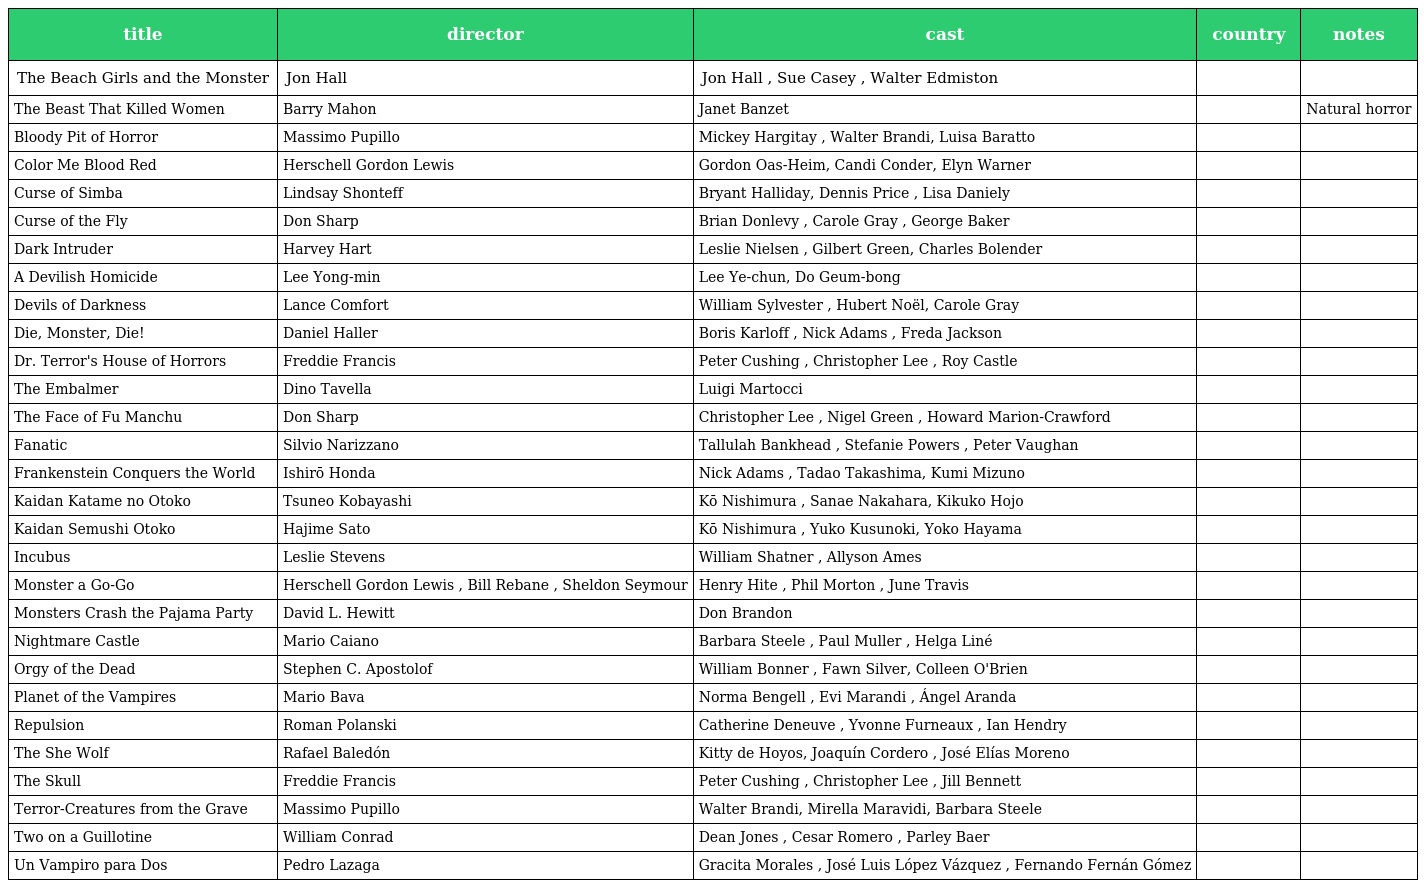
| title | director | cast | country | notes |
 | --- | --- | --- | --- | --- |
 | The Beach Girls and the Monster | Jon Hall | Jon Hall , Sue Casey , Walter Edmiston |  |  |
 | The Beast That Killed Women | Barry Mahon | Janet Banzet |  | Natural horror |
 | Bloody Pit of Horror | Massimo Pupillo | Mickey Hargitay , Walter Brandi, Luisa Baratto |  |  |
 | Color Me Blood Red | Herschell Gordon Lewis | Gordon Oas-Heim, Candi Conder, Elyn Warner |  |  |
 | Curse of Simba | Lindsay Shonteff | Bryant Halliday, Dennis Price , Lisa Daniely |  |  |
 | Curse of the Fly | Don Sharp | Brian Donlevy , Carole Gray , George Baker |  |  |
 | Dark Intruder | Harvey Hart | Leslie Nielsen , Gilbert Green, Charles Bolender |  |  |
 | A Devilish Homicide | Lee Yong-min | Lee Ye-chun, Do Geum-bong |  |  |
 | Devils of Darkness | Lance Comfort | William Sylvester , Hubert Noël, Carole Gray |  |  |
 | Die, Monster, Die! | Daniel Haller | Boris Karloff , Nick Adams , Freda Jackson |  |  |
 | Dr. Terror's House of Horrors | Freddie Francis | Peter Cushing , Christopher Lee , Roy Castle |  |  |
 | The Embalmer | Dino Tavella | Luigi Martocci |  |  |
 | The Face of Fu Manchu | Don Sharp | Christopher Lee , Nigel Green , Howard Marion-Crawford |  |  |
 | Fanatic | Silvio Narizzano | Tallulah Bankhead , Stefanie Powers , Peter Vaughan |  |  |
 | Frankenstein Conquers the World | Ishirō Honda | Nick Adams , Tadao Takashima, Kumi Mizuno |  |  |
 | Kaidan Katame no Otoko | Tsuneo Kobayashi | Kō Nishimura , Sanae Nakahara, Kikuko Hojo |  |  |
 | Kaidan Semushi Otoko | Hajime Sato | Kō Nishimura , Yuko Kusunoki, Yoko Hayama |  |  |
 | Incubus | Leslie Stevens | William Shatner , Allyson Ames |  |  |
 | Monster a Go-Go | Herschell Gordon Lewis , Bill Rebane , Sheldon Seymour | Henry Hite , Phil Morton , June Travis |  |  |
 | Monsters Crash the Pajama Party | David L. Hewitt | Don Brandon |  |  |
 | Nightmare Castle | Mario Caiano | Barbara Steele , Paul Muller , Helga Liné |  |  |
 | Orgy of the Dead | Stephen C. Apostolof | William Bonner , Fawn Silver, Colleen O'Brien |  |  |
 | Planet of the Vampires | Mario Bava | Norma Bengell , Evi Marandi , Ángel Aranda |  |  |
 | Repulsion | Roman Polanski | Catherine Deneuve , Yvonne Furneaux , Ian Hendry |  |  |
 | The She Wolf | Rafael Baledón | Kitty de Hoyos, Joaquín Cordero , José Elías Moreno |  |  |
 | The Skull | Freddie Francis | Peter Cushing , Christopher Lee , Jill Bennett |  |  |
 | Terror-Creatures from the Grave | Massimo Pupillo | Walter Brandi, Mirella Maravidi, Barbara Steele |  |  |
 | Two on a Guillotine | William Conrad | Dean Jones , Cesar Romero , Parley Baer |  |  |
 | Un Vampiro para Dos | Pedro Lazaga | Gracita Morales , José Luis López Vázquez , Fernando Fernán Gómez |  |  |